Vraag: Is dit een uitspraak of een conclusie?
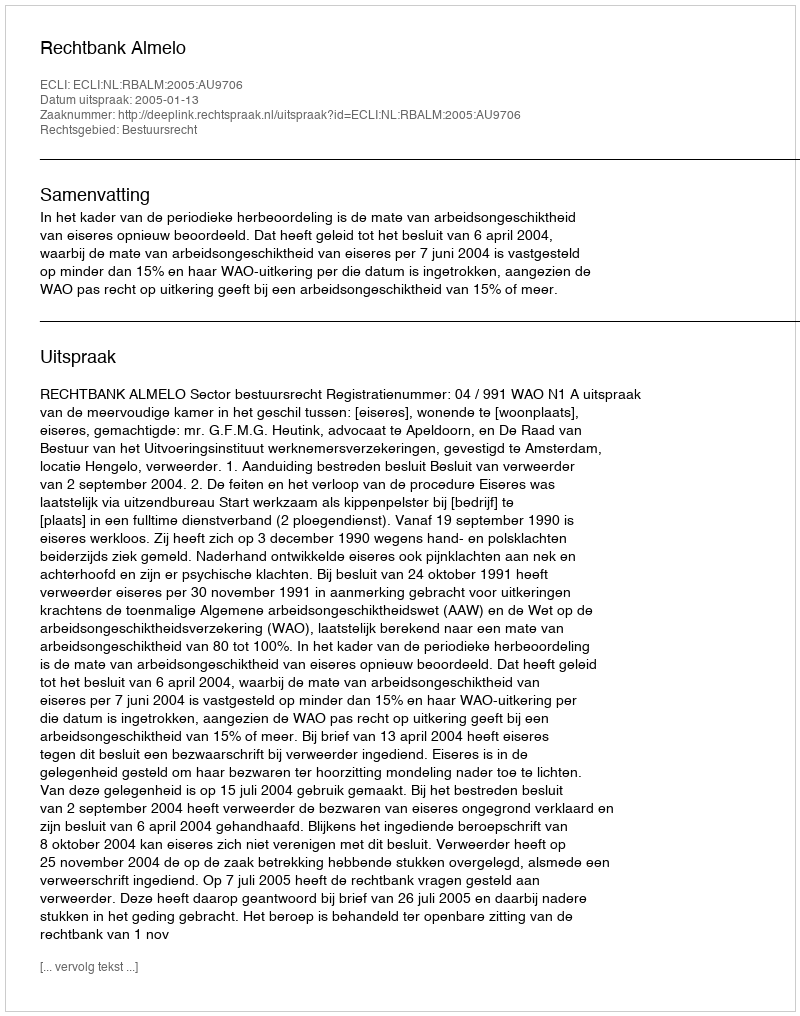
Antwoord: Uitspraak